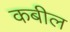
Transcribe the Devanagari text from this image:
कबील